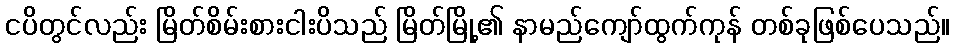
ငပိတွင်လည်း မြိတ်စိမ်းစားငါးပိသည် မြိတ်မြို့၏ နာမည်ကျော်ထွက်ကုန် တစ်ခုဖြစ်ပေသည်။